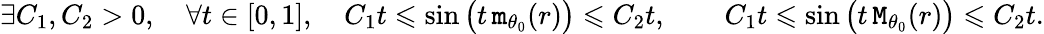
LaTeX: \exists C_{1},C_{2}>0,\quad\forall t\in[0,1],\quad C_{1}t\leqslant\sin\big(t\, \mathtt{m}_{\theta_{0}}(r)\big)\leqslant C_{2}t,\qquad C_{1}t\leqslant\sin\big(t\, \mathtt{M}_{\theta_{0}}(r)\big)\leqslant C_{2}t.